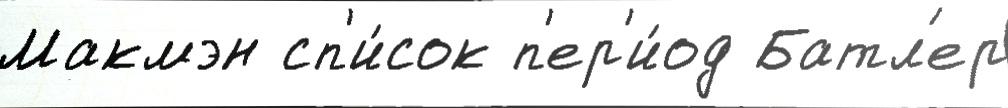
Макмэн сп'и́сок п'ер'и́од Батл'ер